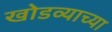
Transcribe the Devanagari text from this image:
खोडव्याच्या